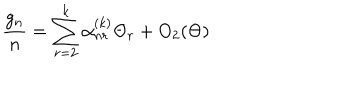
LaTeX: \frac { g _ { n } } { n } = \sum _ { r = 2 } ^ { k } \alpha _ { n r } ^ { ( k ) } \Theta _ { r } + O _ { 2 } ( \Theta )